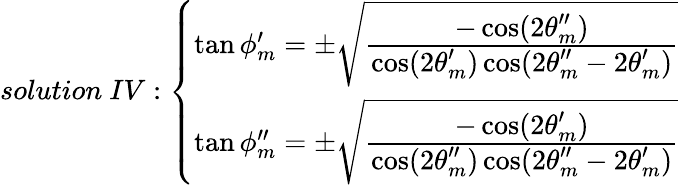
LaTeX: solution~IV:\left\{ \begin{array}{l}{{\tan\phi_{m}^{\prime}=\pm\sqrt{{\frac{\displaystyle-\cos(2\theta_{m}^{\prime\prime})}{\displaystyle\cos(2\theta_{m}^{\prime})\cos(2\theta_{m}^{\prime\prime}-2\theta_{m}^{\prime})}}}~}}\\ {{\tan\phi_{m}^{\prime\prime}=\pm\sqrt{{\frac{\displaystyle-\cos(2\theta_{m}^{\prime})}{\displaystyle\cos(2\theta_{m}^{\prime\prime})\cos(2\theta_{m}^{\prime\prime}-2\theta_{m}^{\prime})}}}~}}\end{array}\right.